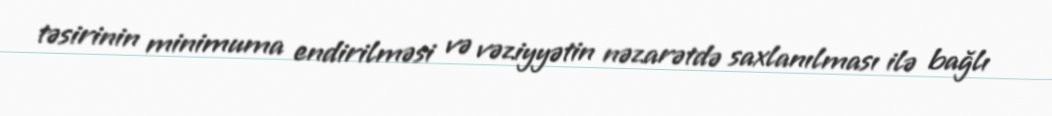
təsirinin minimuma endirilməsi və vəziyyətin nəzarətdə saxlanılması ilə bağlı